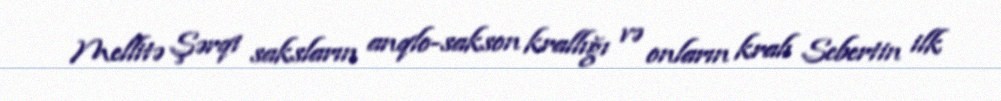
Mellitə Şərqi saksların anqlo-sakson krallığı və onların kralı Sebertin ilk